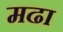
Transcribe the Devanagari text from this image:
मढा